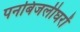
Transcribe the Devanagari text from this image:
पनबिजलीघरों